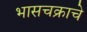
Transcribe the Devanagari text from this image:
भासचक्राचे